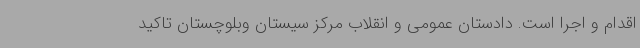
اقدام و اجرا است. دادستان عمومی و انقلاب مرکز سیستان وبلوچستان تاکید